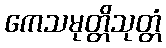
ကေသမုတ္တိသုတ္တံ